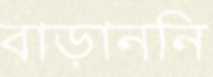
বাড়াননি